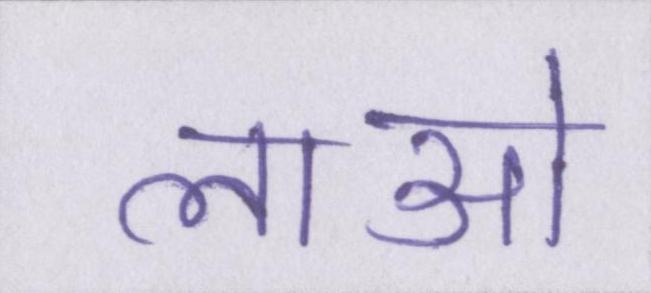
लाओ